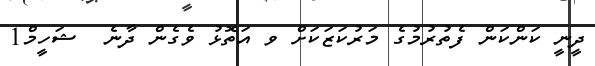
ދީނީ ކަންކަން ފެތުރުމުގެ މަރުކަޒަކަށް ވ އަތޮޅު ވެގެން ދާނެ  ޝަހީމް1